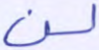
لن